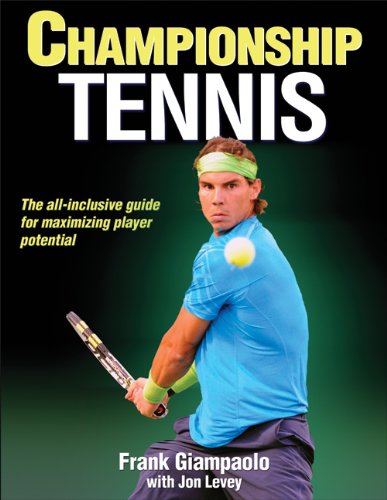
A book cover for Championship Tennis; Frank Giampaolo; Sports & Outdoors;